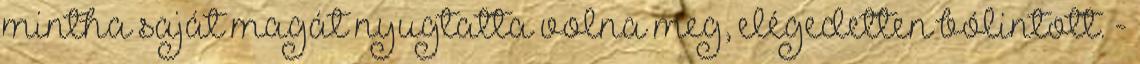
mintha saját magát nyugtatta volna meg, elégedetten bólintott. -